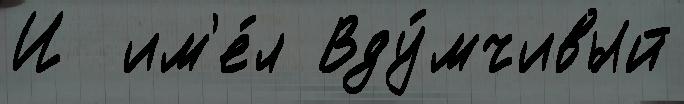
И  им'е́л Вду́мчивый